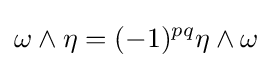
\omega \wedge \eta =(-1)^{pq}\eta \wedge \omega